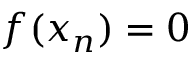
f ( x _ { n } ) = 0